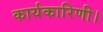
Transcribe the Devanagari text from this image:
कार्यकारिणी।